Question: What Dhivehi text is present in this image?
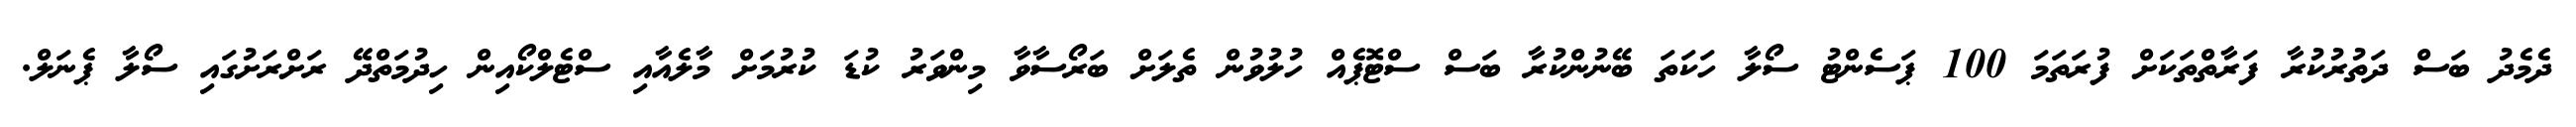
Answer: ދެމެދު ބަސް ދަތުރުކުރާ ފަރާތްތަކަށް ފުރަތަމަ 100 ޕަސެންޓު ސޯލާ ހަކަތަ ބޭނުންކުރާ ބަސް ސްޓޮޕެއް ހުލުވުން ތެލަށް ބަރޯސާވާ މިންވަރު ކުޑަ ކުރުމަށް މާލެއާއި ސްޓެލްކޯއިން ހިދުމަތްދޭ ރަށްރަށުގައި ސޯލާ ޕެނަލް.